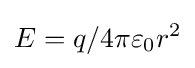
E=q/4\pi \varepsilon _{0}r^{2}